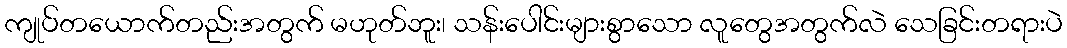
ကျုပ်တယောက်တည်းအတွက် မဟုတ်ဘူး၊ သန်းပေါင်းများစွာသော လူတွေအတွက်လဲ သေခြင်းတရားပဲ